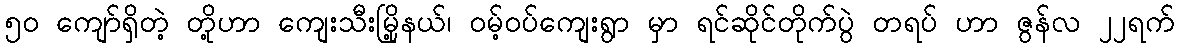
၅ဝ ကျော်ရှိတဲ့ တို့ဟာ ကျေးသီးမြို့နယ်၊ ဝမ့်ဝပ်ကျေးရွာ မှာ ရင်ဆိုင်တိုက်ပွဲ တရပ် ဟာ ဇွန်လ ၂၂ရက်